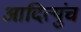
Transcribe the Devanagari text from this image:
आदित्युंच